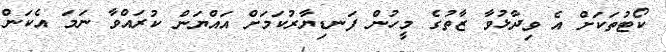
ކޯޓުތަކަށް އެ ވިދާޅުވާ ޒާތުގެ މީހުން ފަނޑިޔާރުކަމަށް އައްޔަން ކުރައްވާ ނަމަ އެކަން